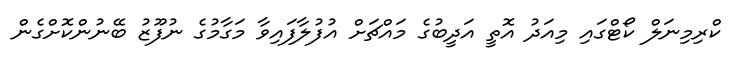
ކްރިމިނަލް ކޯޓްގައި މިއަދު އޮތީ އަދީބުގެ މައްޗަށް އުފުލާފައިވާ މަގާމުގެ ނުފޫޒު ބޭނުންކޮށްގެން